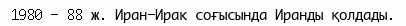
1980 — 88 ж. Иран-Ирак соғысында Иранды қолдады.